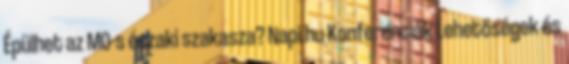
Épülhet az M0-s északi szakasza? Napi.hu Konferenciák Lehetőségek és